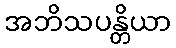
အဘိသပန္တိယာ